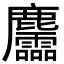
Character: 麢